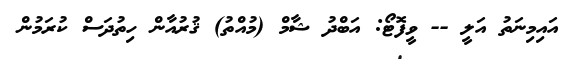
އައިމިނަތު އަލީ -- ވީފޮޓޯ: އަބްދު ޝާމް (މުއްތު) ޤުރުއާން ހިތުދަސް ކުރަމުން